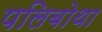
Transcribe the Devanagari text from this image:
पलिबोथा